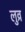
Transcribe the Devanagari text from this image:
लुव्र